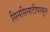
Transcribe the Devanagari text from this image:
सिनसिनाटीपासून